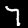
Digit: 7